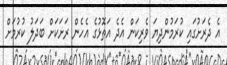
އެ ދެރަށުގައި ކުރަމުންދިޔަ ވެރިކަން އެދެ އަތޮޅުގެ އެހެން ރަށަކަށް ބަދަލު ކުރުމަށް